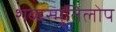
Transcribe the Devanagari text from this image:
शब्दस्मृतिलोप